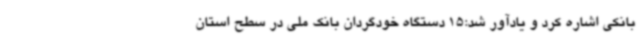
بانکی اشاره کرد و یادآور شد:15 دستگاه خودگردان بانک ملی در سطح استان